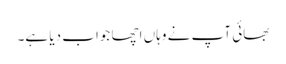
بھائی آپ نے وہاں اچھا جواب دیا ہے۔